Annual report of the Civil Veterinary Department, Bengal, and of the Bengal Veterinary College, for the year 1902-1903 - 1902-1903
Year: 1902
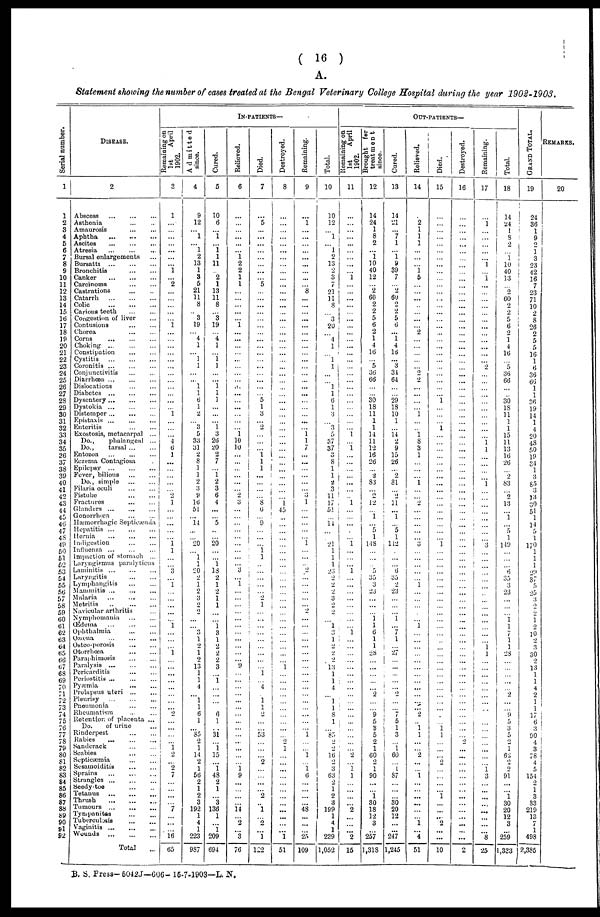
( 16 )
A.
Statement showing the number of cases treated at the Bengal Veterinary College Hospital during the year 1902-1903.
Serial number.
1
1
2
3
4
5
6
7
8
9
10
11
12
13
14
15
16
17
18
19
20
21
22
23
24
25
26
27
28
29
30
31
32
33
34
35
36
37
38
39
40
41
42
43
44
45
46
47
48
49
50
51
52
53
54
55
56
57
58
59
60
61
62
63
64
65
66
67
68
69
70
71
72
73
74
75
76
77
78
79
80
81
82
83
84
85
86
87
88
89
90
91
92
DISEASE.
2
Abscess
Asthenia .............
Amaurosis .............
Aphtha
Ascites
Atresia
Bursal enlargements ...
Bursatti ... ... ...
Bronchitis
Canker
Carcinoma
...
...
Castrations
Catarrh
Colic
Carious teeth
Congestion of liver
Contusions
Chorea ......
Corns .............
Choking
Constipation
Cystitis .............
Coronitis
...
...
...
Conjunctivitis ... ...
Diarrhœa ... ... ...
Dislocations
Diabetes
...
...
...
Dysentery ... ... ...
Dystokia ... ... ...
Distemper ...
Epistaxis ... ... ...
Enteritis .............
Exostosis, metacarpal ...
Do.,
phalangeal ...
Do.,
tarsal ... ...
Entozoa ... ... ...
Eczema Contagiosa ...
Epilepsy
Fever, bilious
Do., simple ... ...
Filaria oculi ... ...
Fistulæ ... ...
Fractures
Glanders
Gonorrhoea
Hæmorrhagic Septicæmia
Hepatitis
Hernia
...
...
...
Indigestion
Influenza ... ... ...
Impaction of stomach ...
Laryngismus paralyticus
Laminitis ... ... ...
Laryngitis
Lymphangitis
Mammitis ... ... ...
Malaria
Metritis
...
...
...
Navicular arthritis
Nymphomania
Œdema
...........
Ophthalmia
Ozœna
...
...
...
Osteo-porosis ... ... ...
Otorrhœa ... ... ...
Paraphimosis .............
Paralysis ...
Pericarditis
Periostitis ...
Pyæmia
...
...
...
Prolapsus uteri
Pleurisy
Pneumonia
Rheumatism
Retention of placenta ...
Do.
of urine
Rinderpest
Rabies .............
Sanderack ... ... ...
Scabies .............
Septicæmia ... ... ...
Sesamoiditis ... ... ...
Sprains ... ... ...
Strangles ...
Seedy-toe
Tetanus ... ... ...
Thrush
Tumours
Tympanites ....................
Tuberculosis ... ... ...
Vaginitis
Wounds ... ... ....
Total ...
IN-PATIENTS—
Remaining on
1st
April
1902.
3
1
...
...
...
... ...
...
... 1
...
2
...
...
...
...
...
1
...
...
...
...
...
...
...
...
...
...
...
...
1
...
...
...
4 6
1
...
2
1
...
...
...
...
...
1 1
3
1
...
1
1
...
2
...
...
...
... 1 2
... 2
7
...
7
...
...
...
' 16
65
Admitted
since.
4
9
12
... 1
1
2
13
1
3
5
21
11
8
... 3
19
4
1
1
1
... 1
1
6
1
2
... 3
5
33
31
2
8
1
1
9
3
9
16
51
l4
... 20
1
1
20
2
1
2
3
2
2
3
1
2
1
2
13
1
1
4
1
1
6
1
...
85
2
1
14
2
1
56
2
1
2
3
192
1
4
1
223
987
Cured.
5
10
6
...
1
1 1
11
2
1
13
11
8
... 3
19
4
1
1 1
...
1 1
1
...
1 3
26
20
2
7
1 2
3
6
4
...
5
...
... 20
1
13
2
1
2
1
1
1 3
1
2
2
2
3
1
...
...
...
...
6
1
...
31
1
15
...
1
48
2
1
...
3
136
1
1
209
694
Relieved.
6
...
...
... ...
...
...
1 2
2
1
1
...
...
...
...
1
...
...
...
...
...
...
...
...
...
...
1 10
10
...
...
...
2
3
...
...
...
...
...
3
...
1
...
...
...
...
...
...
...
...
...
...
... 9
...
...
...
...
...
...
...
...
...
......
...
...
...
1 9
...
...
14
...
2
3
76
Died.
7
...
5
...
...
...
...
...
... ...
...
5
...
...
...
...
...
...
...
...
...
...
...
...
...
5
1
3
2
...
...
...
1 1
1
...
...
8
6
... 9
...
...
1 1
...
...
...
2
1
...
...
... ...
...
...
...
...
...
1
...
4
1
1
2
...
53
...
....
2
...
...
...
... 2
...
1
... 2
1
122
Destroyed.
1
8
...
...
...
...
...
...
...
...
...
...
...
...
...
...
...
...
...
...
...
...
...
...
...
...
...
...
...
...
...
...
...
...
...
...
...
...
...
...
...
...
...
1
45
...
...
... ...
...
...
...
...
...
...
...
...
1
...
...
...
...
...
...
...
...
...
2
1
...
...
...
...
...
...
...
...
...
...
...
1
51
Remaining.
9
...
1
...
...
...
... ...
...
...
...
... 8
...
...
... ...
...
...
...
...
...
...
... ...
... ...
...
...
1 1
7
...
...
...
...
3
1
...
...
...
...
1
2
...
...
...
... 2
...
...
...
...
...
...
...
... ...
...
...
...
...
...
...
1
1
1 6
...
...
...
...
48
...
...
...
25
109
Total.
10
10
12
1
1
2
13
2
3
7
21
11
8
3
20
4
1
1
1
1
1
6
1
3
3
5
37
37
3
8
1
1
2
3
11
17
51
...
11
...
... 21
1
1
1
23
2
2
2
3
2
2
1
3
1
2
2
2
13
1
1
4
1
1
8
1
...
85
2
2
16
2
3
63
2
1
2
3
199
1
4
1
239
1,052
OUT-PATIENTS—
Remaining on
1st
April
1902.
11
...
...
...
...
...
...
...
...
...
1
...
... ...
...
...
...
...
...
...
...
...
...
...
...
...
...
...
...
...
...
...
...
1...
...
1
...
...
...
...
...
...
1
...
...
.
...
1
...
...
1
...
1
...
...
...
...
...
...
...
...
...
...
...
...
...
......
...
...
...
2
1
1
...
...
2
...
...
...
2
15
Brought fer
treatment
since.
12
14
24
1
8
2
...
1
10
40
12
2
60
2
2
5
6
2
1
4
16
5
36
66
...
... 30
18
11
1
1
14
11
12
16
26
... 2
83
2
12
1
5
1
148
5
35
3
23
1 1
6
1
1
28
...
2
...
...
9
5
8
5
2
1
60
0
1
90
...
...
1
30
18
12
3
...
257
1,318
Cured.
13
14
21
7
1
...
i
9
39
7
2
60
2
2
5
6
...
1
4
16
...
3
31
64
...
... 29
18
10
1
14 2
9
15
26
... 2
81
2
11
...
1
...
5
1
142
.
...
6
35
2
23
...
...
1
...
7
1
...
27
...
....
...
2
...
...
7
5
1
3
1
60
1
87
...
...
30
20
12
...
247
1,245
Relieved.
14
...
2
1
1
1
...
1 5
...
...
2
2
2
...
...
...
...
1
1
8
3
1
...
1
2
...
3
...
...
...
...
...
1
...
...
...
...
...
1
...
...
...
...
...
...
...
...
...
...
...
... 2
... 1
1
2
1
...
... ...
...
1
...
4
51
Died.
15
...
...
...
...
...
...
...
...
...
...
...
...
...
...
...
...
...
...
...
...
...
...
...
...
...
...
...
1
...
1
...
...
...
...
...
...
...
...
...
...
... 1
...
...
...
...
...
...
...
...
...
...
...
...
...
...
...
...
...
...
...
...
...
...
...
...
1 1
...
...
...
2
...
...
...
...
1
...
...
...
2
...
10
Destroyed.
16
...
...
...
...
...
...
...
...
...
...
...
...
...
...
...
...
...
...
...
...
...
...
... ...
...
...
...
...
...
...
...
...
...
...
...
...
...
...
...
...
...
...
...
...
...
...
...
...
...
...
2
...
...
...
... ...
...
...
...
2
Remaining.
17
...
1
...
...
...
...
...
1
...
I
...
...
...
...
...
...
...
...
...
2
...
...
...
...
...
...
...
...
...
1 1
...
1
...
...
...
...
...
3
...
...
...
...
...
...
...
...
...
...
...
...
...
... 1
... ...
...
...
...
...
...
...
... ...
...
...
...
...
...
1 3
...
...
...
...
...
...
...
8
25
Total.
18
14
24
1
8
2
...
1
10
40
13
2
60
2
2
5
6
2
1 4
16
5
36
66
30
18
11
1
1
15
11
13
16
26
... 2
83
2
13
1
5
1
119
6
35
3
23
1 1
7
1
1
28
...
2
...
9
5
3
5
2
1
62
2
0
91
...
...
1
30
20
12
3
259
1,323
GRAND TOTAL.
19
24
36
1
9
0
1 3
23
42
16
7
23
71
10
2
8
26
2
5
5
16
1
6
36
66
1
1
36
19
14
1
4
20
48
50
19
34
1
3
85
3
13
30
51
1
14
5
1
170
1
1
1
29
37
5
25
3
0
2
1
9
10
2
3
30
2
13
1
1
4
2
1
1
17
6
3
90
4
3
78
4
5
154
2
1
3
33
219
13
7
1
498
2,385
REMARKS.
20
...
B. S. Press—5042J—606- 15-7-1903—L. N.